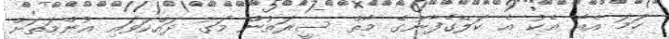
ހަމަ އެއާ އެކު އެ ކަލޭގެފާނުގެ މާތް ސީރަތުން މަގު ދައްކަވައި އުންމަތަށް